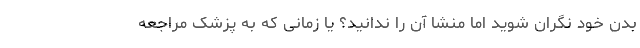
بدن خود نگران شوید اما منشا آن را ندانید؟ یا زمانی که به پزشک مراجعه